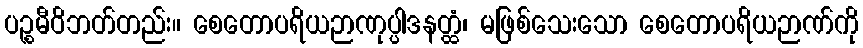
ပဉ္စမီဝိဘတ်တည်း။ စေတောပရိယဉာဏုပ္ပါဒနတ္ထံ၊ မဖြစ်သေးသော စေတောပရိယဉာဏ်ကို